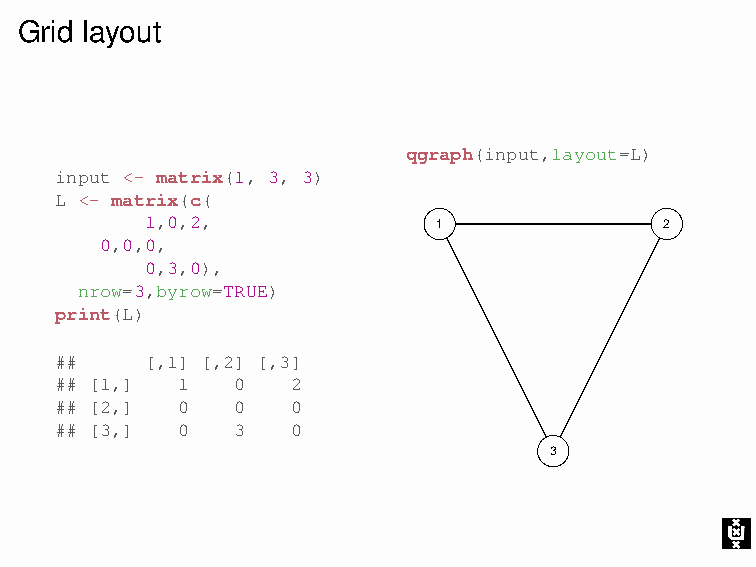
Grid layout
 qgraph(input,layout=L)
 input <- matrix(1, 3, 3)
 L <- matrix(c(
 1,0,2,             1              2
 0,0,0,
 0,3,0),
 nrow=3,byrow=TRUE)
 print(L)
 ##    [,1] [,2] [,3]
 ## [1,] 1   0  2
 ## [2,] 0   0  0
 ## [3,] 0   3  0
 3